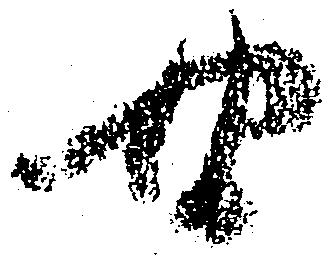
四